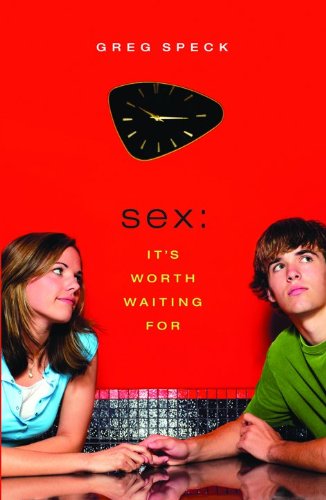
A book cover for Sex: It's Worth Waiting For; Greg O. Speck; Teen & Young Adult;